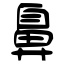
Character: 鼻